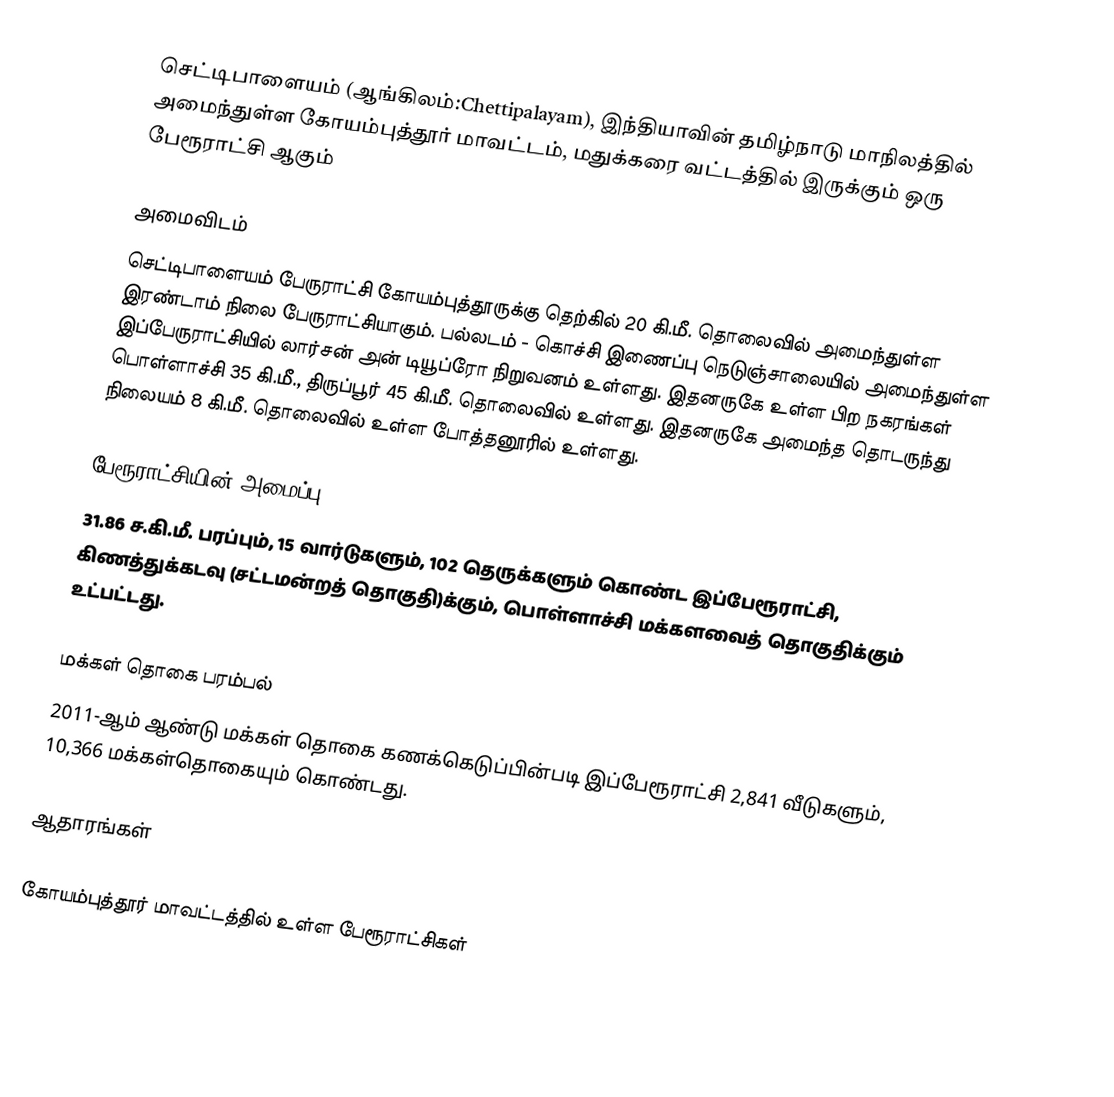
செட்டிபாளையம் (ஆங்கிலம்:Chettipalayam), இந்தியாவின் தமிழ்நாடு மாநிலத்தில் அமைந்துள்ள கோயம்புத்தூர் மாவட்டம், மதுக்கரை வட்டத்தில் இருக்கும் ஒரு பேரூராட்சி ஆகும்

அமைவிடம்
செட்டிபாளையம் பேருராட்சி கோயம்புத்தூருக்கு தெற்கில்  20 கி.மீ. தொலைவில் அமைந்துள்ள இரண்டாம் நிலை பேருராட்சியாகும்.  பல்லடம் -  கொச்சி  இணைப்பு நெடுஞ்சாலையில் அமைந்துள்ள இப்பேருராட்சியில் லார்சன் அன் டியூப்ரோ நிறுவனம் உள்ளது. இதனருகே உள்ள பிற நகரங்கள் பொள்ளாச்சி 35 கி.மீ., திருப்பூர் 45 கி.மீ. தொலைவில் உள்ளது. இதனருகே அமைந்த தொடருந்து நிலையம் 8 கி.மீ. தொலைவில் உள்ள  போத்தனூரில் உள்ளது.

பேரூராட்சியின் அமைப்பு
31.86 ச.கி.மீ. பரப்பும், 15 வார்டுகளும், 102 தெருக்களும்  கொண்ட இப்பேரூராட்சி,  கிணத்துக்கடவு (சட்டமன்றத் தொகுதி)க்கும், பொள்ளாச்சி மக்களவைத் தொகுதிக்கும் உட்பட்டது.

மக்கள் தொகை பரம்பல்
2011-ஆம் ஆண்டு மக்கள் தொகை கணக்கெடுப்பின்படி  இப்பேரூராட்சி  2,841  வீடுகளும்,  10,366 மக்கள்தொகையும் கொண்டது.

ஆதாரங்கள்

கோயம்புத்தூர் மாவட்டத்தில் உள்ள பேரூராட்சிகள்